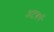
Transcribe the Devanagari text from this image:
अटबर्ग